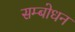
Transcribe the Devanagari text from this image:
सम्‍बोधन